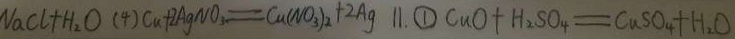
N a C l + H _ { 2 } O ( 4 ) C u + 2 A g N O _ { 3 } = C u ( N O _ { 3 } ) _ { 2 } + 2 A g 1 1 . \textcircled { 1 } C u O + H _ { 2 } S O _ { 4 } = C u S O _ { 4 } + H _ { 2 } O